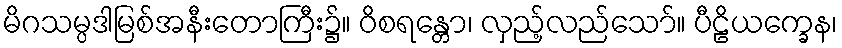
မိဂသမ္ပဒါမြစ်အနီးတောကြီး၌။ ဝိစရန္တော၊ လှည့်လည်သော်။ ပီဠိယက္ခေန၊